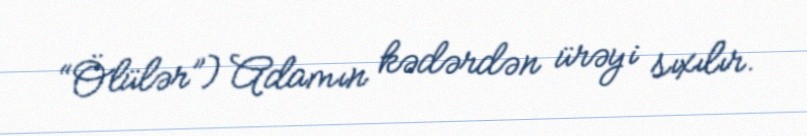
“Ölülər”) Adamın kədərdən ürəyi sıxılır.